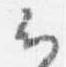
云